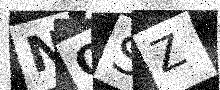
Text: NOSZ